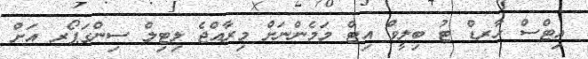
އިޓްސް ހާރޑް ޓު ބިލީވް އިޓް މަމެންނަށް މިރާއްޖެ ލިޓިލް ސިންގަޕޯރ އަށް